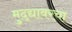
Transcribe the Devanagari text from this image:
मुद्द्यावरचा